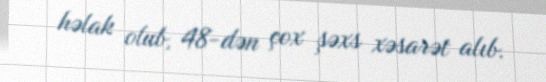
həlak olub, 48-dən çox şəxs xəsarət alıb.